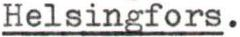
Helsingfors.